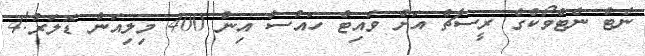
ނެޓް ނެޓްވޯކްގެ ރީސާޗް އަށް ވައިޓް ހައުސް އިން 400 މިލިއަން ޑޮލަރު!4